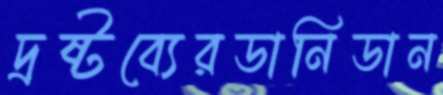
দ্রষ্টব্যেরডানিডান